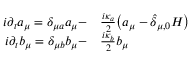
\begin{array} { r l } { i \partial _ { t } a _ { \mu } = \delta _ { \mu a } a _ { \mu } - } & { { } \frac { i \kappa _ { a } } { 2 } \big ( a _ { \mu } - \widehat \delta _ { \mu , 0 } { \cal H } \big ) } \\ { i \partial _ { t } b _ { \mu } = \delta _ { \mu b } b _ { \mu } - } & { { } \frac { i \kappa _ { b } } { 2 } b _ { \mu } } \end{array}